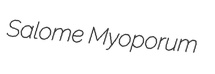
Salome Myoporum